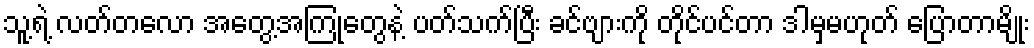
သူ့ရဲ့ လတ်တလော အတွေ့အကြုံတွေနဲ့ ပတ်သက်ပြီး ခင်ဗျားကို တိုင်ပင်တာ ဒါမှမဟုတ် ပြောတာမျိုး